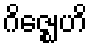
ဂိဇ္ဈေဟိ